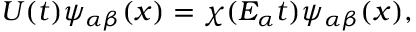
U ( t ) \psi _ { \alpha \beta } ( x ) = \chi ( E _ { \alpha } t ) \psi _ { \alpha \beta } ( x ) ,